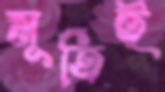
মূর্তিই